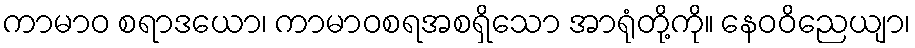
ကာမာဝ စရာဒယော၊ ကာမာဝစရအစရှိသော အာရုံတို့ကို။ နေဝဝိညေယျာ၊